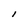
Character: I